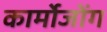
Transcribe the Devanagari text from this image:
कार्मोजोंग